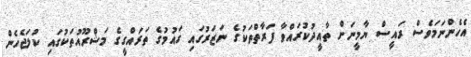
އެހެންނަމަވެސް ރައީސް ޔާމީނަށް ތާއީދުކުރައްވާ ފަރާތްތަކުގެ ނަޒަރުގައި ގައުމުގެ ތަރައްގީގެ މަޝްރޫއުތަކުގައި ކުލަޖެހެން